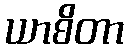
ယာစိတာ